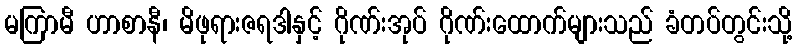
မကြာမီ ဟာစာနီ၊ မိဖုရားဇရဒါနှင့် ဂိုဏ်းအုပ် ဂိုဏ်းထောက်များသည် ခံတပ်တွင်းသို့